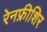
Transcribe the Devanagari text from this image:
रेनफ्रीशिर